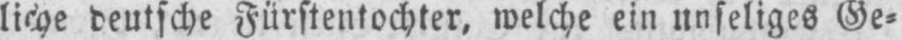
deutsche Fürstentochter, welche ein unseliges Ge⸗